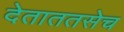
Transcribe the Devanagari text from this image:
देताततसेच